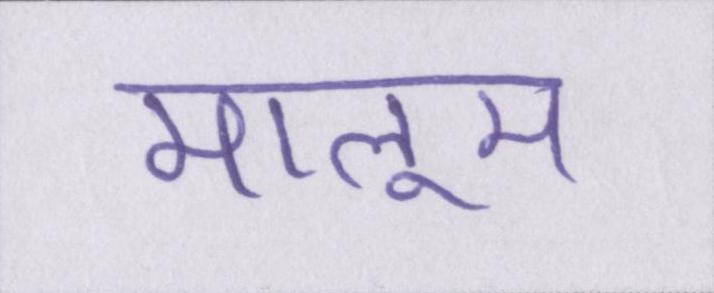
मालूम